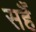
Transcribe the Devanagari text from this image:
सहैं